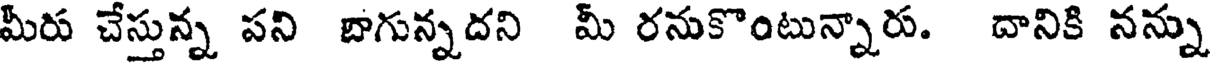
మీరు చేస్తున్న పని బాగున్నదని మీ రనుకొంటున్నారు. దానికి నన్ను